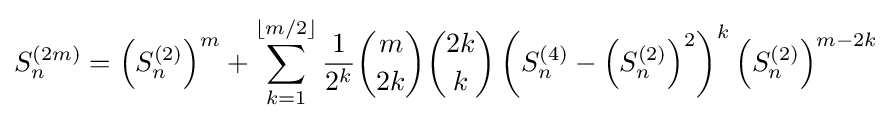
S_{n}^{(2m)}=\left(S_{n}^{(2)}\right)^{m}+\sum _{k=1}^{\left\lfloor m/2\right\rfloor }{\frac {1}{2^{k}}}{\binom {m}{2k}}{\binom {2k}{k}}\left(S_{n}^{(4)}-\left(S_{n}^{(2)}\right)^{2}\right)^{k}\left(S_{n}^{(2)}\right)^{m-2k}